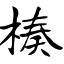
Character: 楱